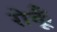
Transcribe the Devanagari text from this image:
रोकूँ